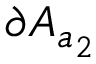
\partial A _ { a _ { 2 } }